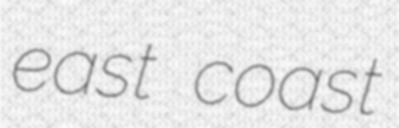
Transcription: east coast